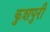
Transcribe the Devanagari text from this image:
कुशपुरी